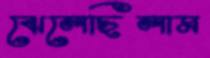
ঝেলেছিলাম